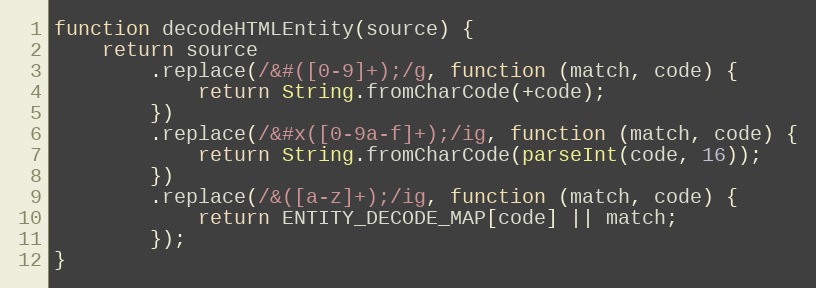
Language: JavaScript
function decodeHTMLEntity(source) {
    return source
        .replace(/&#([0-9]+);/g, function (match, code) {
            return String.fromCharCode(+code);
        })
        .replace(/&#x([0-9a-f]+);/ig, function (match, code) {
            return String.fromCharCode(parseInt(code, 16));
        })
        .replace(/&([a-z]+);/ig, function (match, code) {
            return ENTITY_DECODE_MAP[code] || match;
        });
}